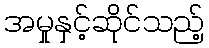
အမှုနှင့်ဆိုင်သည့်